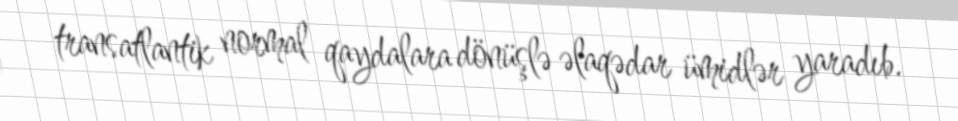
transatlantik normal qaydalara dönüşlə əlaqədar ümidlər yaradıb.